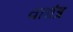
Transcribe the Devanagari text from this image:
वाद्यंत्र